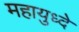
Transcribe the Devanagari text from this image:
महायुध्दे